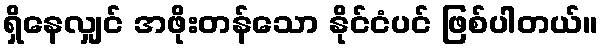
ရှိနေလျှင် အဖိုးတန်သော နိုင်ငံပင် ဖြစ်ပါတယ်။